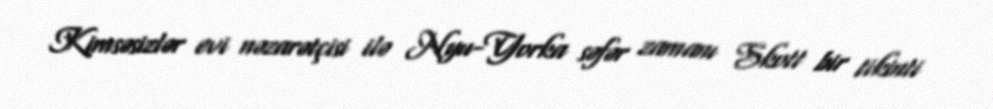
Kimsəsizlər evi nəzarətçisi ilə Nyu-Yorka səfər zamanı Skott bir tikinti